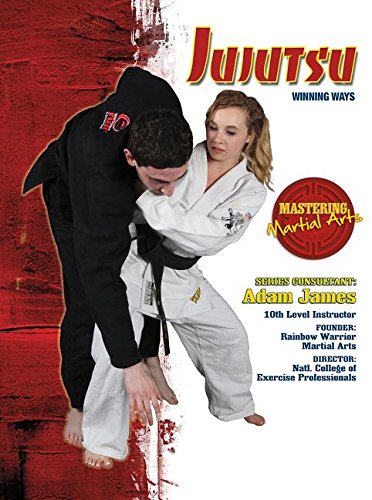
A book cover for Jujutsu: Winning Ways (Mastering Martial Arts); Nathan Johnson; Teen & Young Adult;